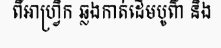
ពីអាហ្វ្រិក ឆ្លងកាត់ដើមបូព៌ា និង